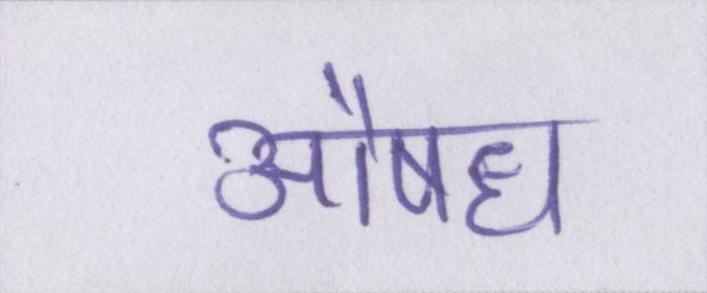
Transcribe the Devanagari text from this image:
औषध